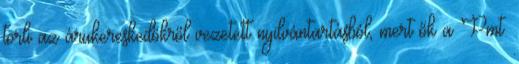
törli az árukereskedőkről vezetett nyilvántartásból, mert ők a Pmt.